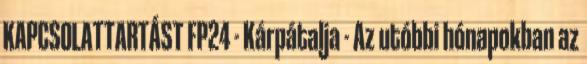
KAPCSOLATTARTÁST FP24 - Kárpátalja - Az utóbbi hónapokban az